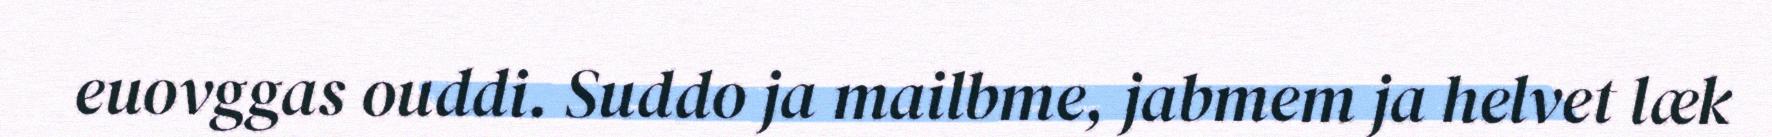
euovggas ouddi. Suddo ja mailbme, jabmem ja helvet læk